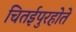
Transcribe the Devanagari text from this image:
चितईपुरहोते